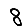
Digit: 8